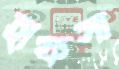
হাফসা